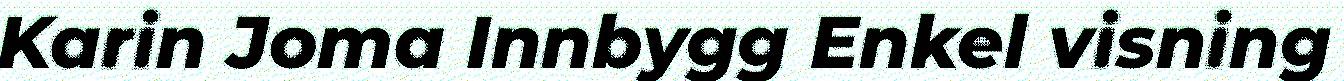
Karin Joma Innbygg Enkel visning